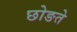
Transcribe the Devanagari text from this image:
छोङते